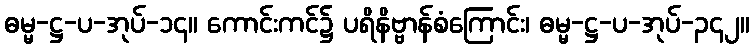
ဓမ္မ-ဋ္ဌ-ပ-အုပ်-၁၄။ ကောင်းကင်၌ ပရိနိဗ္ဗာန်စံကြောင်း၊ ဓမ္မ-ဋ္ဌ-ပ-အုပ်-၃၄၂။